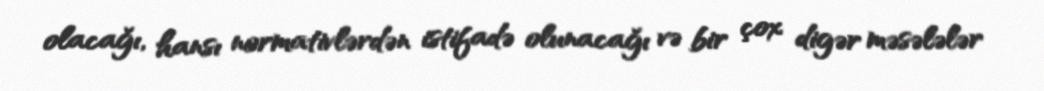
olacağı, hansı normativlərdən istifadə olunacağı və bir çox digər məsələlər